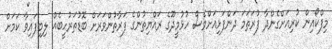
މިފްކޯއިން ކުރިއަށްގެންދާ ފުރަތަމަ ދަންފަޅިއަށްވެސް ހުޅުމީދޫގެ ރައްޔިތުންގެ ފަރާތުންވަރަށް ބޮޑުތަރުހީބެއް ލިބިފައިވާ ކަމަށް